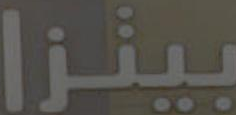
بينزا